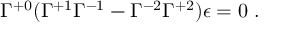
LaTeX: \Gamma ^ { + 0 } ( \Gamma ^ { + 1 } \Gamma ^ { - 1 } - \Gamma ^ { - 2 } \Gamma ^ { + 2 } ) \epsilon = 0 ~ .